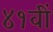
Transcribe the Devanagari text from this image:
४१वीं